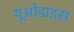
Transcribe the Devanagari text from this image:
यूओडाइस